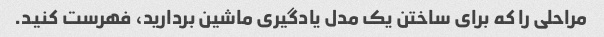
مراحلی را که برای ساختن یک مدل یادگیری ماشین بردارید، فهرست کنید.